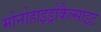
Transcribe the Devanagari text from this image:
मोनोहाइड्रोकैल्साइट